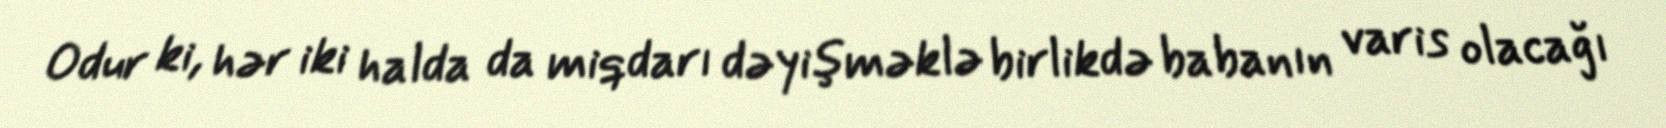
Odur ki, hər iki halda da miqdarı dəyişməklə birlikdə babanın varis olacağı